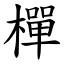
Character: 樿